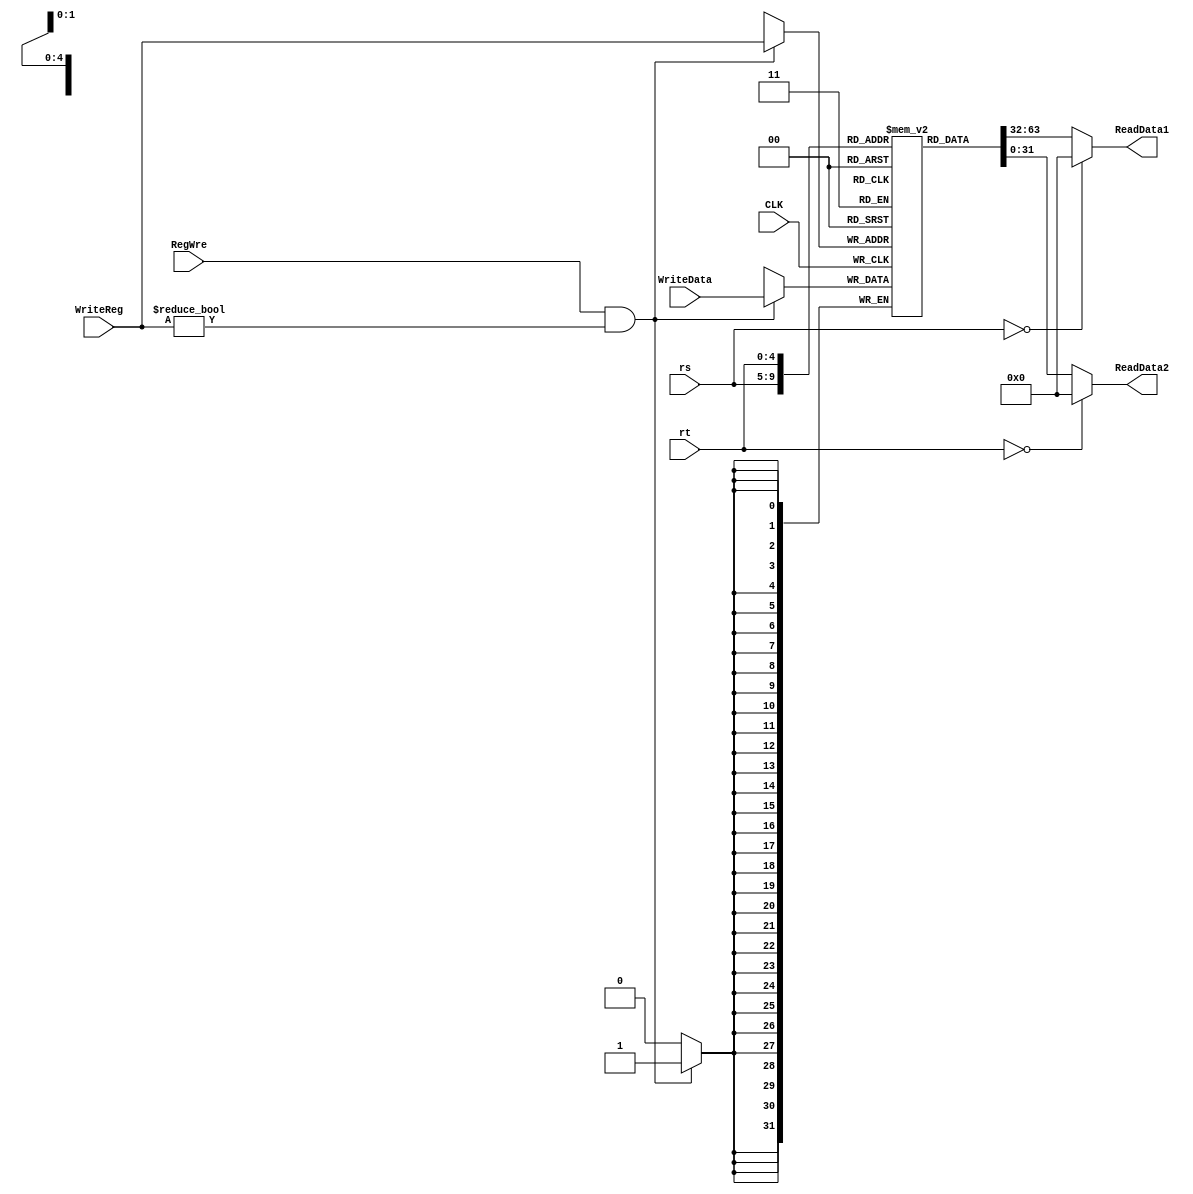
`timescale 1ns / 1ps
//////////////////////////////////////////////////////////////////////////////////
// Company: 
// Engineer: 
// 
// Design Name: 
// Module Name: RegFile
// Project Name: 
// Target Devices: 
// Tool Versions: 
// Description: 
// 
// Dependencies: 
// 
// Revision:
// Revision 0.01 - File Created
// Additional Comments:
// 
//////////////////////////////////////////////////////////////////////////////////


module RegFile(
RegWre, CLK,  rs,  rt, WriteReg ,
WriteData, ReadData1, ReadData2
);
        
    input  RegWre;
    input  CLK;
    input wire [4:0]rs;
    input wire [4:0]rt;
  //  input wire [1:0] RegDst;
  //  input wire [4:0] rd;
    input wire [4:0] WriteReg; 
    input wire [31:0] WriteData;
    output wire [31:0] ReadData1;
    output wire [31:0] ReadData2;
    
    reg [31:0] regFile[0:31]; // 
    integer i;
    initial begin
        for( i = 0; i < 32; i = i+1)
           regFile[i] = 0;
    end
    //00
    assign ReadData1 = (rs == 0 ? 0:regFile[rs]);  //1
    assign ReadData2 = (rt == 0 ? 0:regFile[rt]);  //2
    
	always @ (negedge CLK ) begin //
	       
         if(RegWre == 1 && WriteReg != 0)begin // 
            regFile[WriteReg] <= WriteData; //  
         end
    end    
       
endmodule